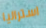
استراليا